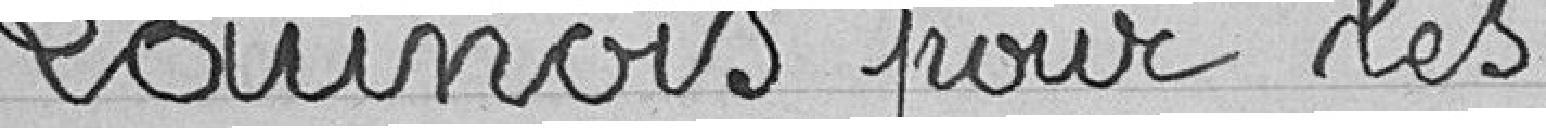
Launois pour les